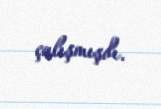
çalışmışdı.